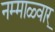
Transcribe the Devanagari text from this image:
नम्माळ्वार्